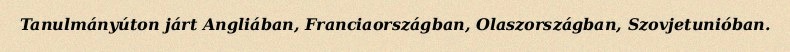
Tanulmányúton járt Angliában, Franciaországban, Olaszországban, Szovjetunióban.